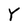
Character: Y